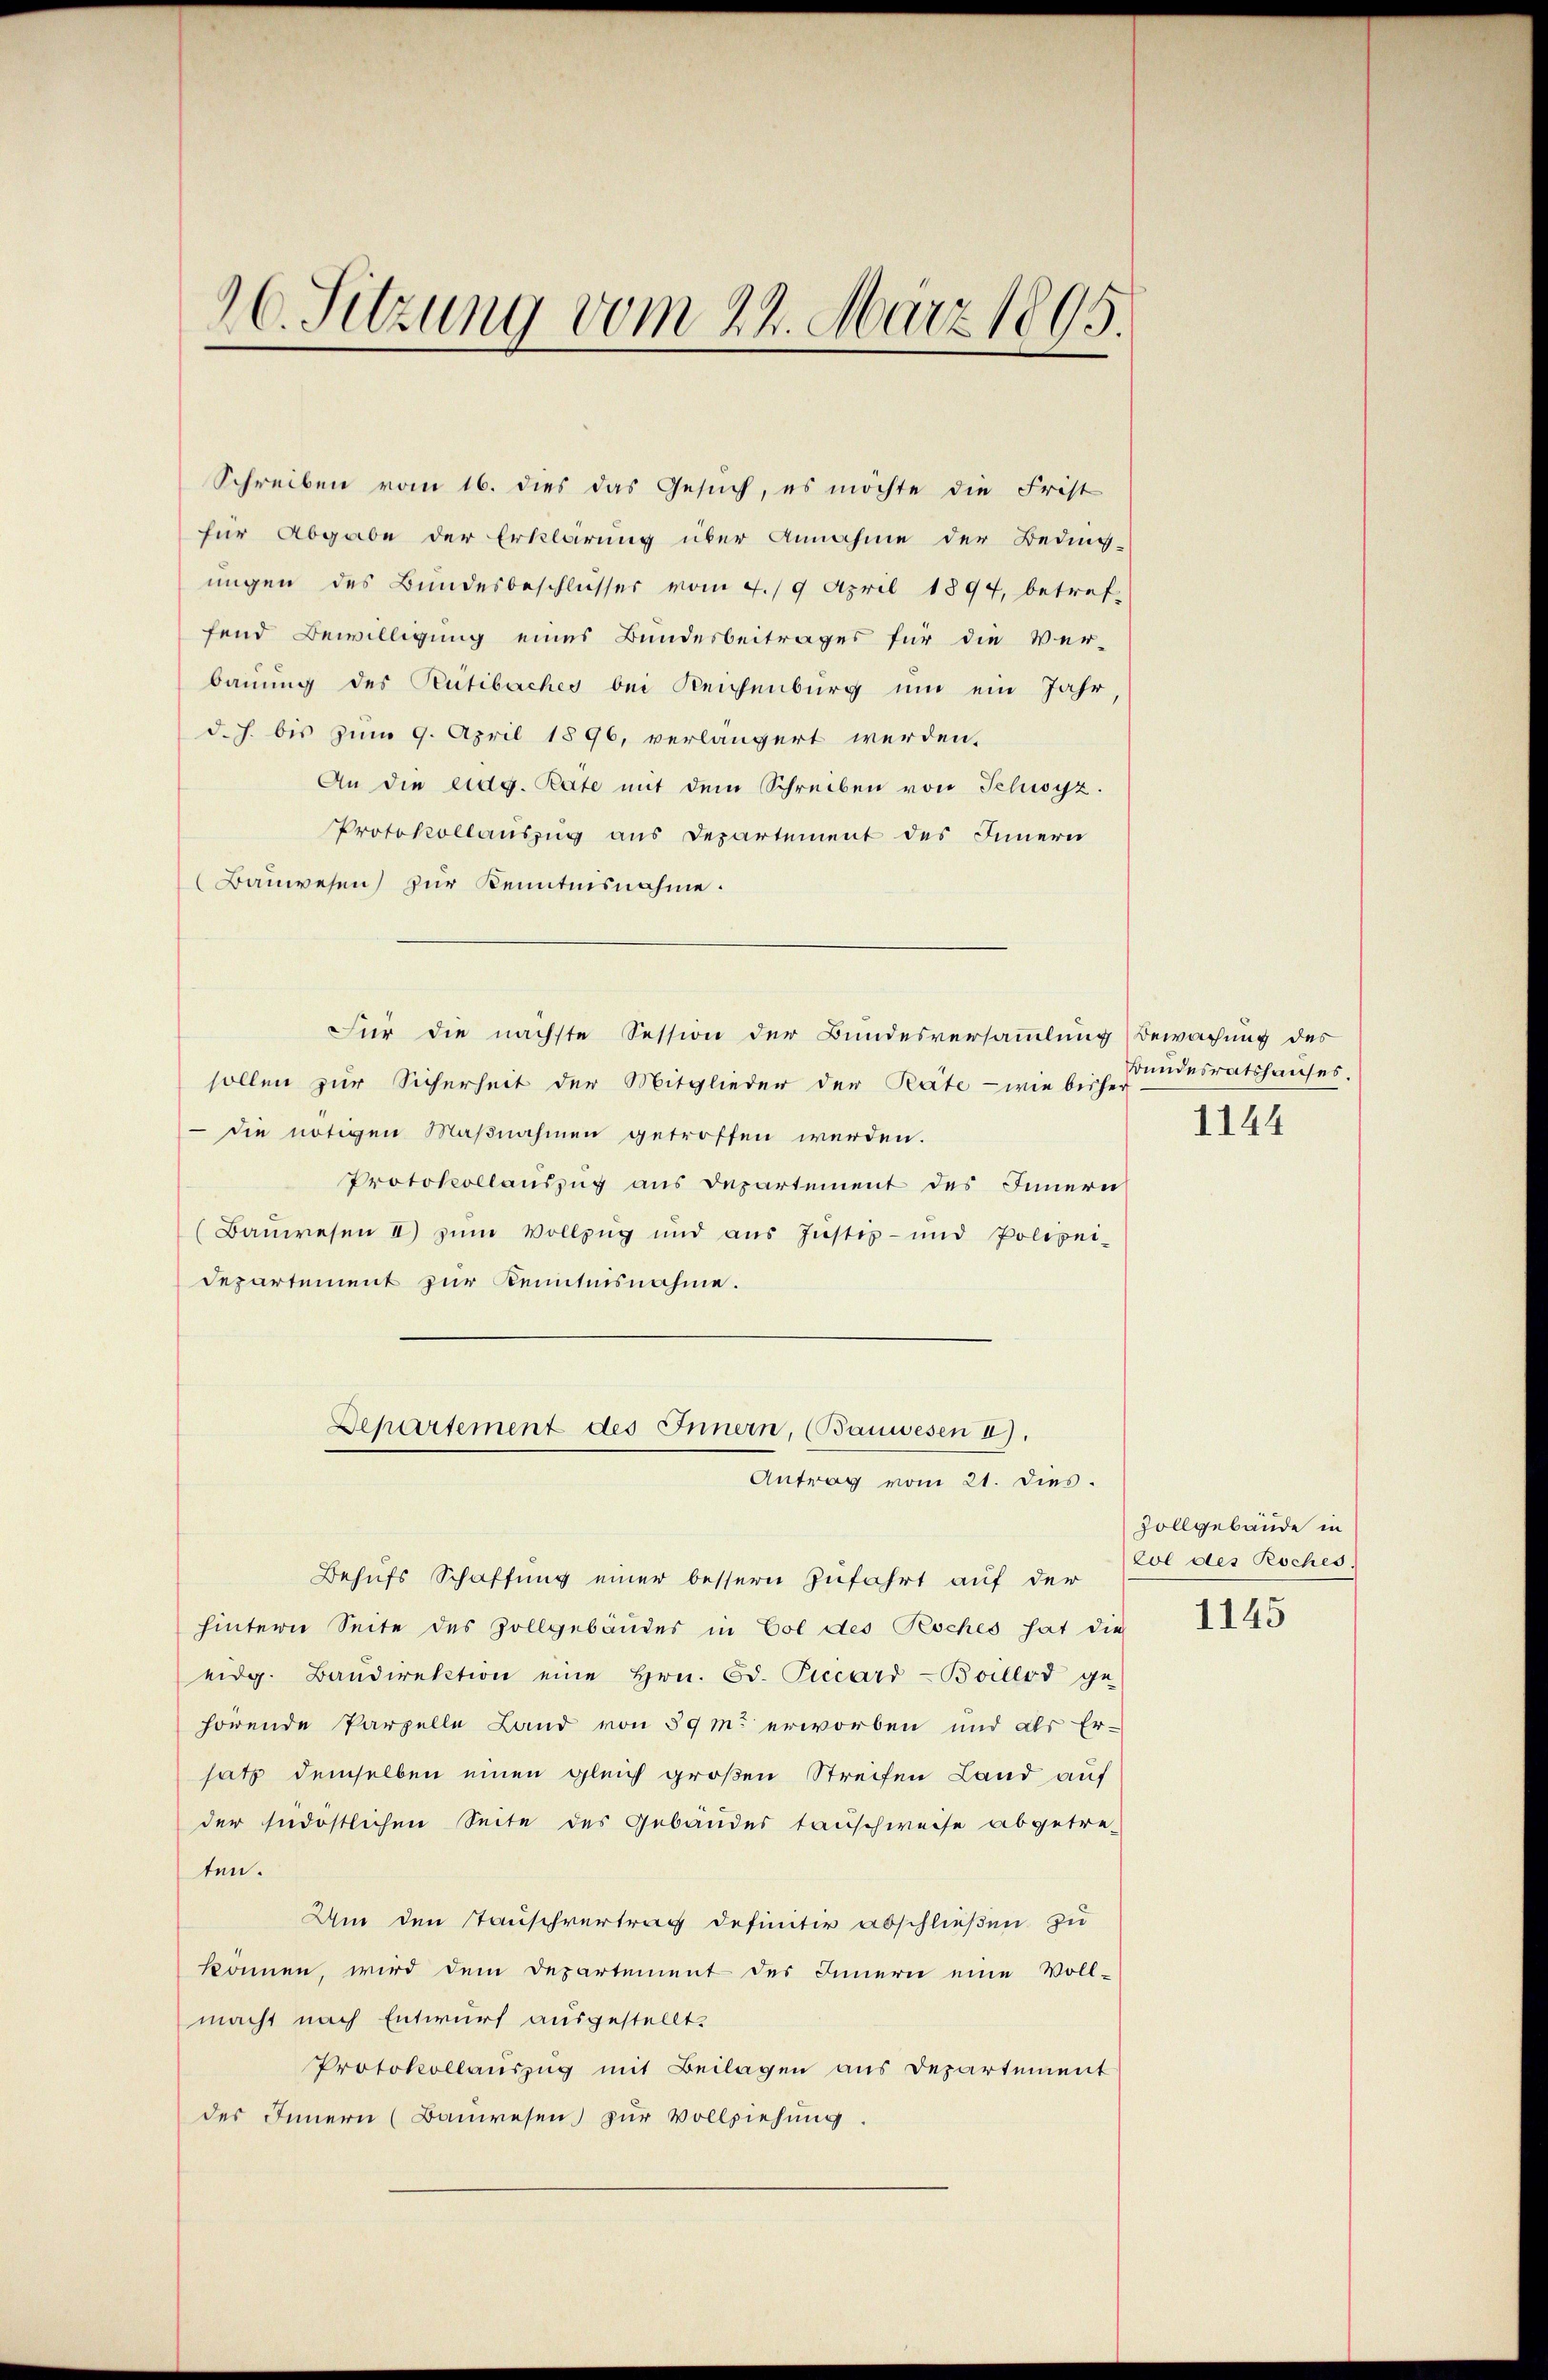
26. Sitzung vom 24. März 1895.
1

Schreiben vom 16. dies das Gesuch, es möchte die Frist
für Abgabe der Erklärung über Annahme der Beding-
ungen des Bundesbeschlusses vom 4./9 April 1894, betref-
fend Bewilligung eines Bundesbeitrages für die Ver-
bauung des Rütibaches bei Reichenburg um ein Jahr,
d. h. bis zum 9. April 1896, verlängert werden,
An die eidg. Rate mit dem Schreiben von Schwyz.
Protokollauszug aus Departement des Innern
Bauwesen) zur Kenntnisnahme.
Für die nächste Session der Bundesversammlung Bewachung des
sollen zur Sicherheit der Mitglieder der Präte - wie bisher
 die nötigen Maßnahmen getroffen werden.
Protokollauszug aus Departement des Innern
Baŭwesen II) zŭm Vollzŭg und aŭs Jŭstiz- und Polizei-
Departement zur Kenntnisnahme.
Departement des Innern, (Bauwesen a).
Antrag vom 21. dies.
Behufs Schaffung einer bessern zufahrt auf der
hintern Seite des Zollgebäudes in Col des Roches hat die
eidg. Baŭdirektion eine Hrn. Od. Piccard-Boillod ge-
hörende Parzelle Land von 59 m erworben und als Er-
satz demselben einen gleich großen Streifen Land auf
der südöstlichen Seite des Gebäudes tauschweise abgetre-
ten.
Um den Tauschvertrag definitiv abschließen zu
können, wird dem Departement des Innern eine Voll-
macht nach Entwurf ausgestellt.
Protokollauszug mit Beilagen aus Departement
des Innern (Baŭwesen zur Vollziehung.

Bundesratshauses.

1144

Zollgebäude in
Eol des Roches.

1145